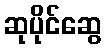
ဆုပိုင်ဆွေ